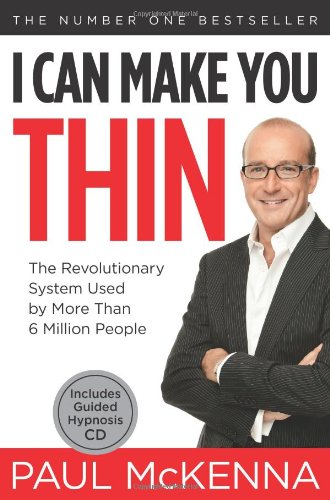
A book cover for I Can Make You ThinÂ®: The Revolutionary System Used by More Than 6 Million People; Paul McKenna; Self-Help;